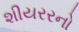
શીયરરનો